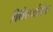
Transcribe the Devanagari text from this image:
बिबिलयोथैक